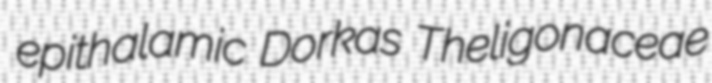
epithalamic Dorkas Theligonaceae